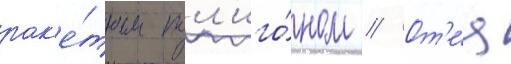
рак'е́тным пол'иго́ном // От'е́ц